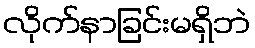
လိုက်နာခြင်းမရှိဘဲ